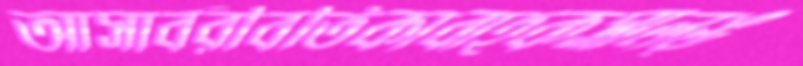
আসাবরীবর্তিকাবাহকসালঙ্